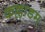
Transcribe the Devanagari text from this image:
कल्लाडम्